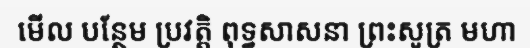
មើល បន្ថែម ប្រវត្តិ ពុទ្ធសាសនា ព្រះសូត្រ មហា